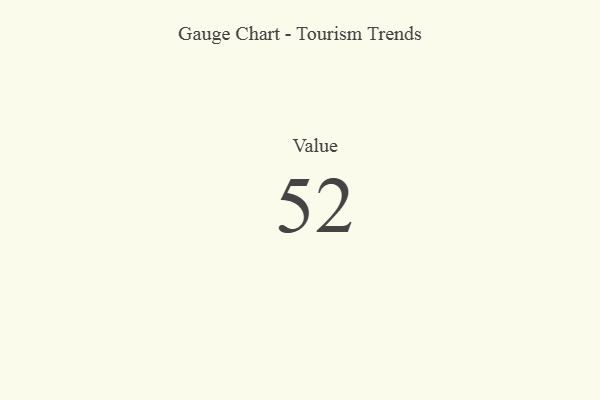
{"axis": {"x": "Metric", "y": "Value"}, "legend": [""], "data": [{"x": "Value", "y": 52, "type": ""}]}